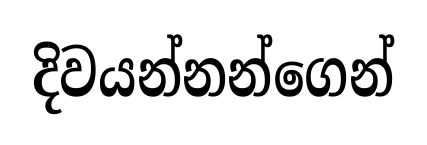
දිවයන්නන්ගෙන්